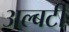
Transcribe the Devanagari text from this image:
अल्बर्टी